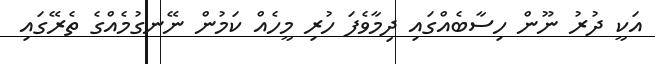
އަކީ ދުރު ނޫން ހިސާބެއްގައި ދިމާވެފަ ހުރި މީހެއް ކަމުން ނޭނގުމެއްގެ ތެރޭގައި